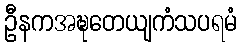
ဦနကအဍ္ဎတေယျကံသပရမံ